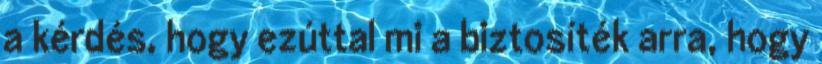
a kérdés, hogy ezúttal mi a biztosíték arra, hogy